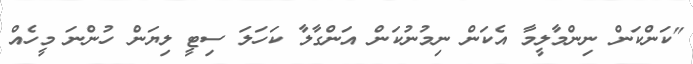
"ކަންކަން ނިންމާލީމާ އެކަން ނިމުނުކަން އަންގާލާ ކަހަލަ ސިޓީ ލިޔަން ހުންނަ މީހެއް